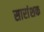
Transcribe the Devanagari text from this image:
सारांशक